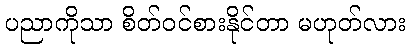
ပညာကိုသာ စိတ်ဝင်စားနိုင်တာ မဟုတ်လား